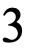
3